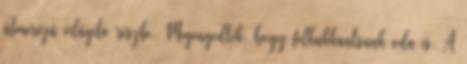
átmérőjű világító részbe. Megengedték, hogy felkukkantsunk oda is. A